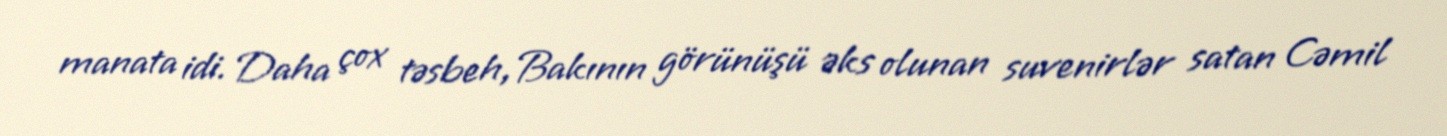
manata idi. Daha çox təsbeh, Bakının görünüşü əks olunan suvenirlər satan Cəmil